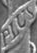
PLUY